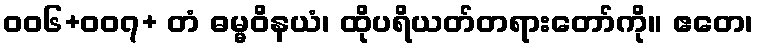
၀၀၆+၀၀၇+ တံ ဓမ္မဝိနယံ၊ ထိုပရိယတ်တရားတော်ကို။ ဧတေ၊